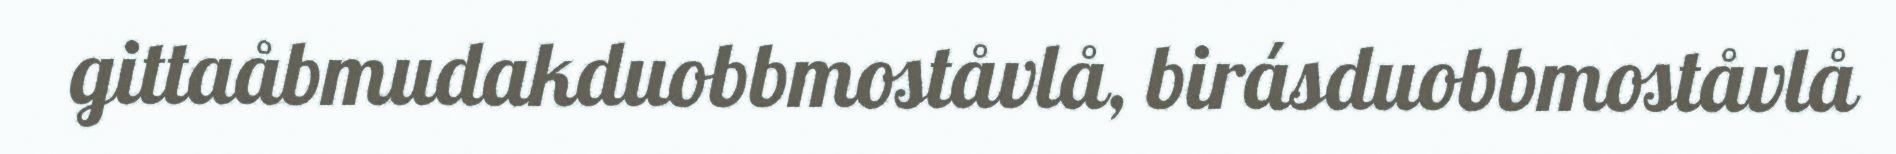
gittaåbmudakduobbmoståvlå, birásduobbmoståvlå